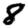
Digit: 8